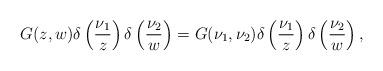
LaTeX: \begin{align*} G(z,w)\delta\left(\frac{\nu_1}{z}\right)\delta\left(\frac{\nu_2}{w}\right)= G(\nu_1,\nu_2)\delta\left(\frac{\nu_1}{z}\right)\delta\left(\frac{\nu_2}{w}\right),\end{align*}